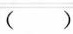
()